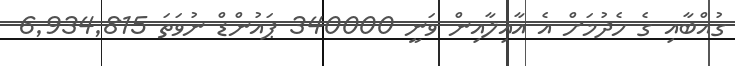
ގުއްބާއި ގެ ހެދުމަށް އެ އާއިލާއިން ވަނީ 340000 ޕައުންޑް ނުވަތަ 6